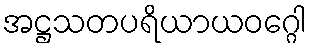
အဋ္ဌသတပရိယာယဝဂ္ဂေါ